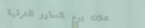
محلات بيع العطور الشرقية